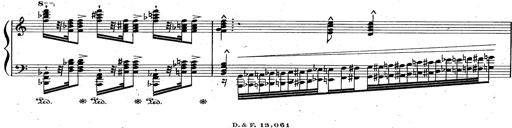
Title: God Save the Queen
Composer: Charles LÃ©on Hess
Key: A major